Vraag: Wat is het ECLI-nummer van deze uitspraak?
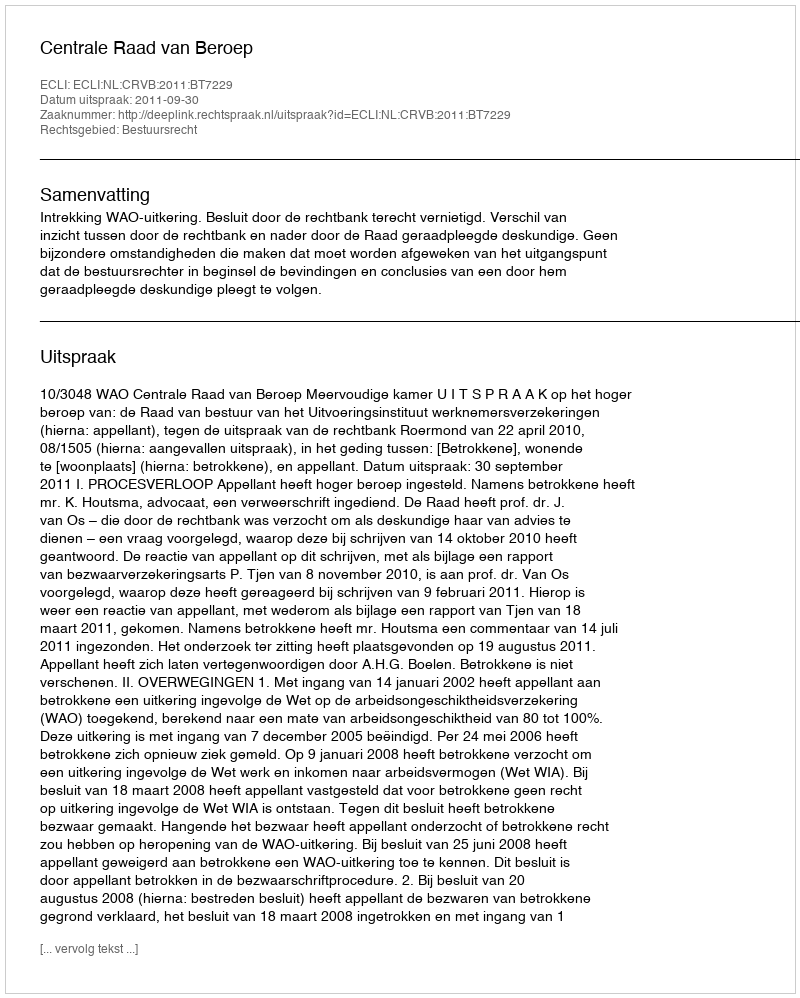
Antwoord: ECLI:NL:CRVB:2011:BT7229